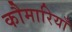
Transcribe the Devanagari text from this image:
कौमारियाँ